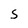
Character: S